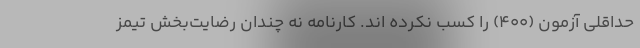
حداقلی آزمون (۴۰۰) را کسب نکرده اند. کارنامه نه چندان رضایت‌بخش تیمز